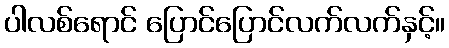
ပါလစ်ရောင် ပြောင်ပြောင်လက်လက်နှင့်။